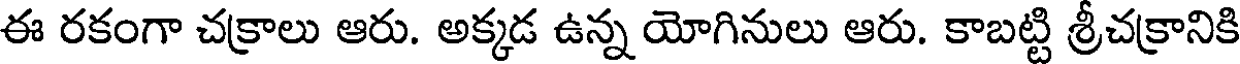
ఈ రకంగా చక్రాలు ఆరు. అక్కడ ఉన్న యోగినులు ఆరు. కాబట్టి శ్రీచక్రానికి